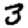
Digit: 3